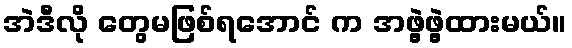
အဲဒီလို တွေမဖြစ်ရအောင် က အဖွဲ့ဖွဲ့ထားမယ်။